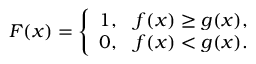
\begin{array} { r } { F ( x ) = \left\{ \begin{array} { l l } { 1 , } & { f ( x ) \geq g ( x ) , } \\ { 0 , } & { f ( x ) < g ( x ) . } \end{array} \right. } \end{array}